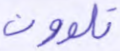
تلوون